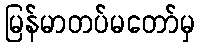
မြန်မာတပ်မတော်မှ